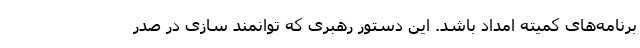
برنامه‌های کمیته امداد باشد. این دستور رهبری که توانمند سازی در صدر